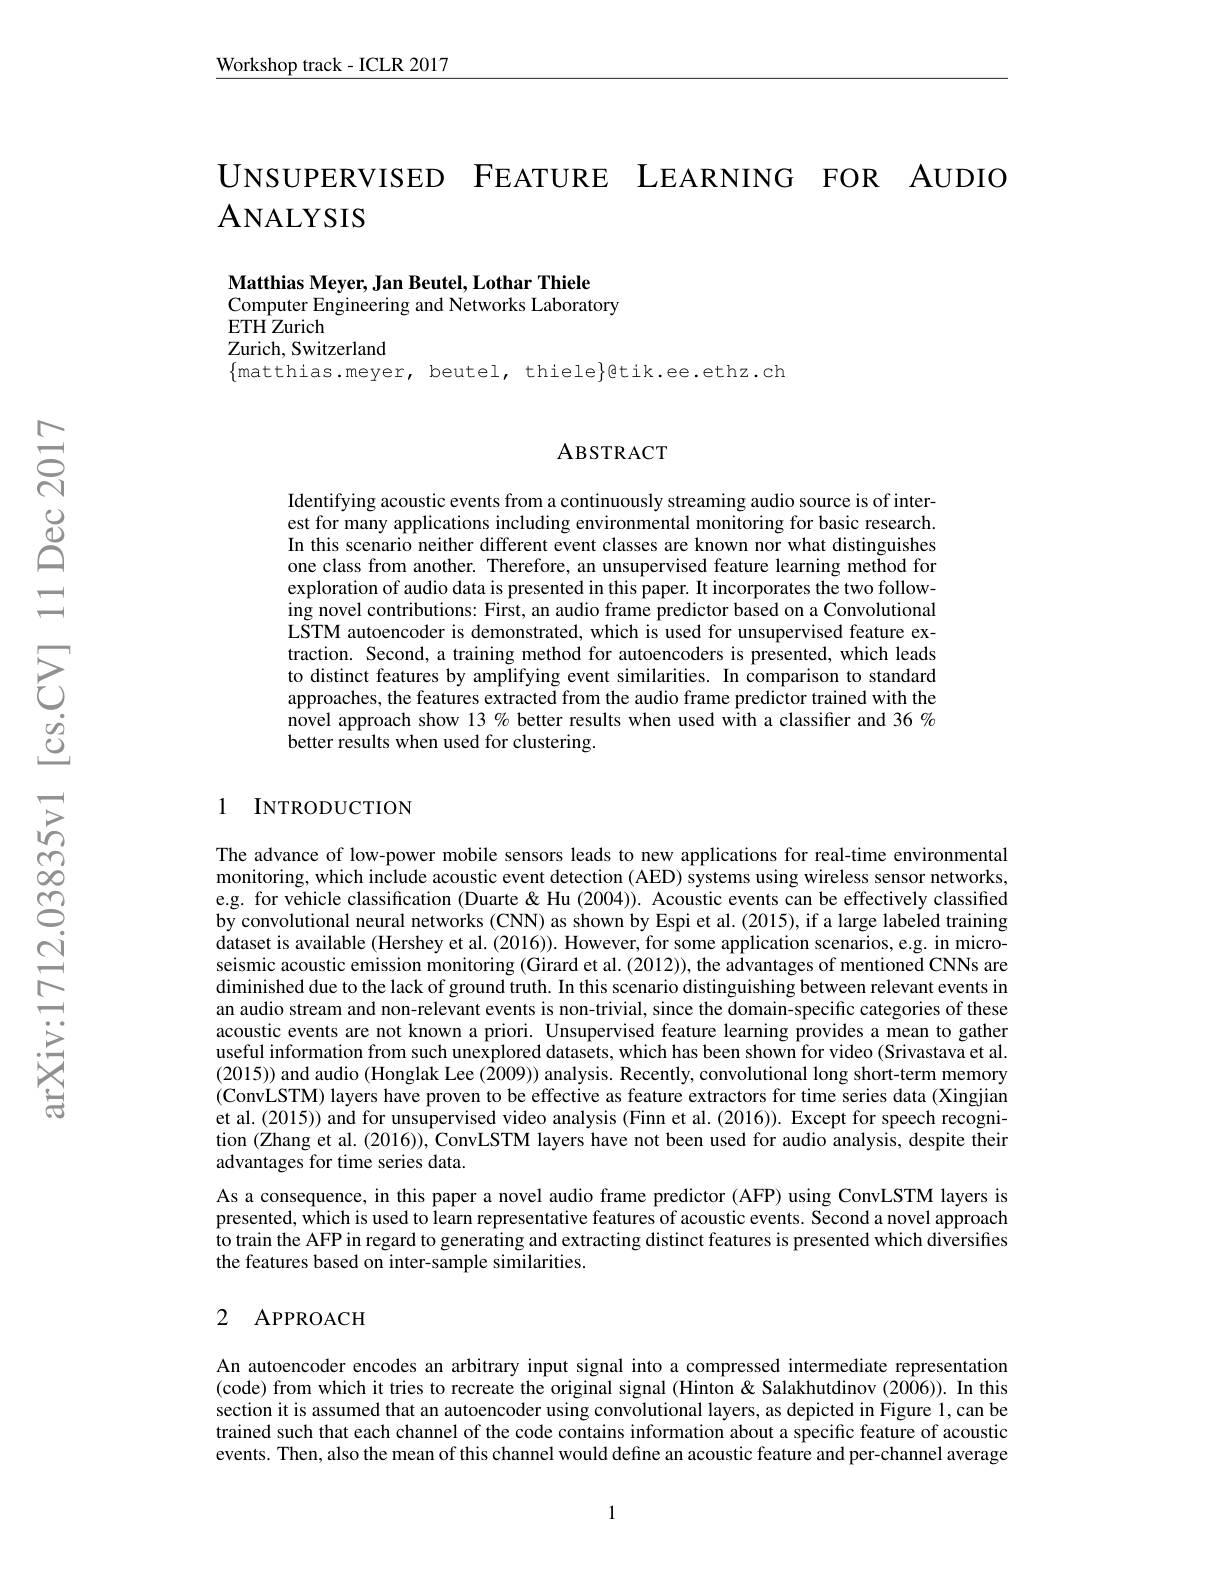
$\underline{\text{Workshop track-ICLR 2017}}$

UNSUPERVISED FEATURE LEARNING FOR AUDIO
## ANALYSIS

Matthias Meyer, Jan Beutel, Lothar Thiele
Computer Engineering and Networks Laboratory
ETH Zurich
Zurich, Switzerland
$\{$matthias.meyer, beutel, thiele$\}$@tik.ee.ethz.ch

## ABSTRACT

Identifying acoustic events from a continuously streaming audio source is of interest for many applications including environmental monitoring for basic research. In this scenario neither different event classes are known nor what distinguishes one class from another. Therefore, an unsupervised feature learning method for exploration of audio data is presented in this paper. It incorporates the two following novel contributions: First, an audio frame predictor based on a Convolutional LSTM autoencoder is demonstrated, which is used for unsupervised feature extraction. Second, a training method for autoencoders is presented, which leads to distinct features by amplifying event similarities. In comparison to standard approaches, the features extracted from the audio frame predictor trained with the novel approach show 13 % better results when used with a classiffer and 36% better results when used for clustering.

### 1 INTRODUCTION

The advance of low-power mobile sensors leads to new applications for real-time environmental monitoring, which include acoustic event detection ( AED) systems using wireless sensor networks, e.g. for vehicle classification (Duarte& Hu (2004)). Acoustic events can be effectively classified by convolutional neural networks (CNN) as shown by Espi et al. (2015), if a large labeled training dataset is available (Hershey et al. (2016)). However, for some application scenarios, e.g. in microseismic acoustic emission monitoring (Girard et al. (2012)), the advantages of mentioned CNNs are diminished due to the lack of ground truth. In this scenario distinguishing between relevant events in an audio stream and non-relevant events is non-trivial, since the domain-specific categories of these acoustic events are not known a priori. Unsupervised feature learning provides a mean to gather useful information from such unexplored datasets, which has been shown for video (Srivastava et al. (2015)) and audio (Honglak Lee ($\hat{2}009))$ analysis. Recently, convolutional long short-term memory (ConvLSTM) layers have proven to be effective as feature extractors for time series data (Xingjian et al. (2015)) and for unsupervised video analysis (Finn et al. (2016)). Except for speech recognition (Zhang et al. (2016)), ConvLSTM layers have not been used for audio analysis, despite their advantages for time series data.
As a consequence, in this paper a novel audio frame predictor (AFP) using ConvLSTM layers is presented, which is used to learn representative features of acoustic events. Second a novel approach to train the AFP in regard to generating and extracting distinct features is presented which diversifies the features based on inter-sample similarities.

# 2 APPROACH

An autoencoder encodes an arbitrary input signal into a compressed intermediate representation (code) from which it tries to recreate the original signal (Hinton& Salakhutdinov (2006)). In this section it is assumed that an autoencoder using convolutional layers, as depicted in Figure 1,can be trained such that each channel of the code contains information about a specific feature of acoustic events. Then, also the mean of this channel would define an acoustic feature and per-channel average

1